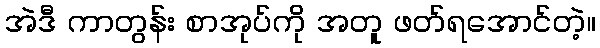
အဲဒီ ကာတွန်း စာအုပ်ကို အတူ ဖတ်ရအောင်တဲ့။